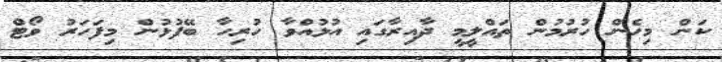
ކަން މިހެން ހުރުމުން ތައްލީމީ ދާއިރާގައި އުޅުއްވާ ހުރިހާ ބޭފުޅުން މިފަހަރު ވޯޓް